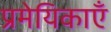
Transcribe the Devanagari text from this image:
प्रमेयिकाएँ